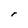
Character: r